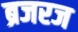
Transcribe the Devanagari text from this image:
ब्रजरज